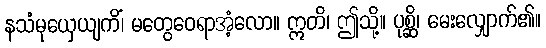
နသံမုယှေယျကိံ၊ မတွေဝေရာအံ့လော။ ဣတိ၊ ဤသို့။ ပုစ္ဆိ၊ မေးလျှောက်၏။